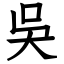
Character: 吳